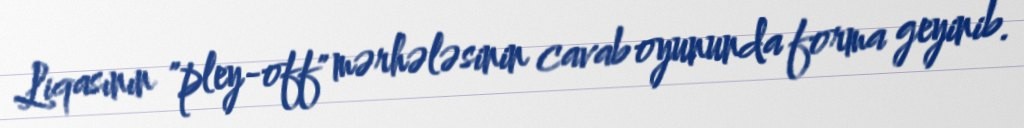
Liqasının "pley-off" mərhələsinin cavab oyununda forma geyinib.